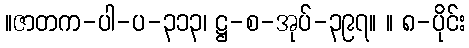
။ဇာတက-ပါ-ပ-၃၁၃၊ ဋ္ဌ-စ-အုပ်-၃၉၇။ ။ ၈-ပိုင်း